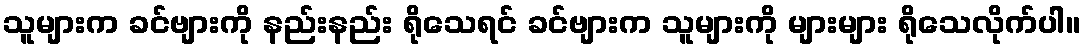
သူများက ခင်ဗျားကို နည်းနည်း ရိုသေရင် ခင်ဗျားက သူများကို များများ ရိုသေလိုက်ပါ။